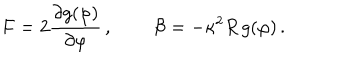
LaTeX: F = 2 \frac { \partial g ( \varphi ) } { \partial \varphi } \, , \, \qquad { \cal B } = - \kappa ^ { 2 } R \, g ( \varphi ) \, .